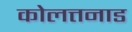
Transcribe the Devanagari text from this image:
कोलत्तनाड